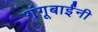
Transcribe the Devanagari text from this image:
गंगूबाईंनी